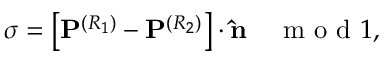
\begin{array} { r } { \sigma = \left[ { \bf P } ^ { ( R _ { 1 } ) } - { \bf P } ^ { ( R _ { 2 } ) } \right] \cdot { \bf \hat { n } } \quad \mathrm { ~ m ~ o ~ d ~ } 1 , } \end{array}